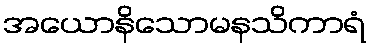
အယောနိသောမနသိကာရံ